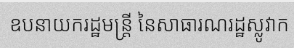
ឧបនាយករដ្ឋមន្ត្រី នៃសាធារណរដ្ឋស្លូវាក